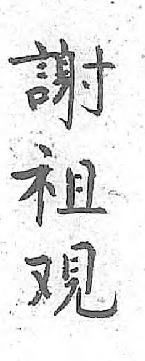
謝祖覌